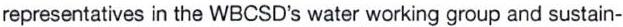
representatives in the WBCSD's water working group and sustain-